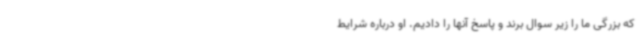
که بزرگی ما را زیر سوال برند و پاسخ آنها را دادیم. او درباره شرایط